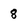
Character: 8